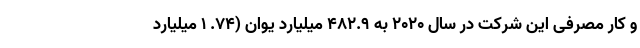
و کار مصرفی این شرکت در سال ۲۰۲۰ به ۴۸۲.۹ میلیارد یوان (۷۴. ۱ میلیارد